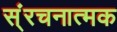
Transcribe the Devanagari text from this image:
स्ंरचनात्मक